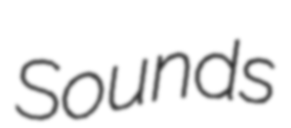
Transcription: Sounds